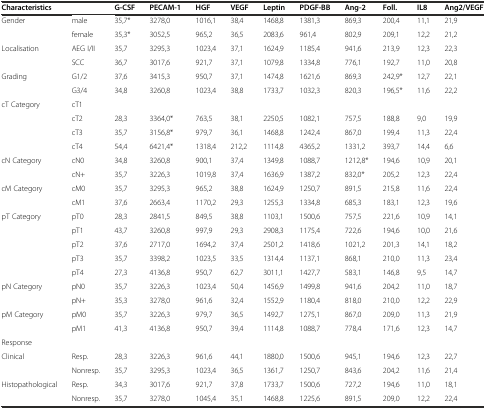
<table><thead><tr><td><b>Characteristics</b></td><td></td><td><b>G-CSF</b></td><td><b>PECAM-1</b></td><td><b>HGF</b></td><td><b>VEGF</b></td><td><b>Leptin</b></td><td><b>PDGF-BB</b></td><td><b>Ang-2</b></td><td><b>Foll.</b></td><td><b>IL8</b></td><td><b>Ang2/VEGF</b></td></tr></thead><tbody><tr><td>Gender</td><td>male</td><td>35,7*</td><td>3278,0</td><td>1016,1</td><td>38,4</td><td>1468,8</td><td>1381,3</td><td>869,3</td><td>200,4</td><td>11,1</td><td>21,9</td></tr><tr><td></td><td>female</td><td>35,3*</td><td>3052,5</td><td>965,2</td><td>36,5</td><td>2083,6</td><td>961,4</td><td>802,9</td><td>209,1</td><td>12,2</td><td>21,2</td></tr><tr><td>Localisation</td><td>AEG I/II</td><td>35,7</td><td>3295,3</td><td>1023,4</td><td>37,1</td><td>1624,9</td><td>1185,4</td><td>941,6</td><td>213,9</td><td>12,3</td><td>22,3</td></tr><tr><td></td><td>SCC</td><td>36,7</td><td>3017,6</td><td>921,7</td><td>37,1</td><td>1079,8</td><td>1334,8</td><td>776,1</td><td>192,7</td><td>11,0</td><td>20,8</td></tr><tr><td>Grading</td><td>G1/2</td><td>37,6</td><td>3415,3</td><td>950,7</td><td>37,1</td><td>1474,8</td><td>1621,6</td><td>869,3</td><td>242,9*</td><td>12,7</td><td>22,1</td></tr><tr><td></td><td>G3/4</td><td>34,8</td><td>3260,8</td><td>1023,4</td><td>38,8</td><td>1733,7</td><td>1032,3</td><td>820,3</td><td>196,5*</td><td>11,6</td><td>22,2</td></tr><tr><td>cT Category</td><td>cT1</td><td></td><td></td><td></td><td></td><td></td><td></td><td></td><td></td><td></td><td></td></tr><tr><td></td><td>cT2</td><td>28,3</td><td>3364,0*</td><td>763,5</td><td>38,1</td><td>2250,5</td><td>1082,1</td><td>757,5</td><td>188,8</td><td>9,0</td><td>19,9</td></tr><tr><td></td><td>cT3</td><td>35,7</td><td>3156,8*</td><td>979,7</td><td>36,1</td><td>1468,8</td><td>1242,4</td><td>867,0</td><td>199,4</td><td>11,3</td><td>22,4</td></tr><tr><td></td><td>cT4</td><td>54,4</td><td>6421,4*</td><td>1318,4</td><td>212,2</td><td>1114,8</td><td>4365,2</td><td>1331,2</td><td>393,7</td><td>14,4</td><td>6,6</td></tr><tr><td>cN Category</td><td>cN0</td><td>34,8</td><td>3260,8</td><td>900,1</td><td>37,4</td><td>1349,8</td><td>1088,7</td><td>1212,8*</td><td>194,6</td><td>10,9</td><td>20,1</td></tr><tr><td></td><td>cN+</td><td>35,7</td><td>3226,3</td><td>1019,8</td><td>37,4</td><td>1636,9</td><td>1387,2</td><td>832,0*</td><td>205,2</td><td>12,3</td><td>22,4</td></tr><tr><td>cM Category</td><td>cM0</td><td>35,7</td><td>3295,3</td><td>965,2</td><td>38,8</td><td>1624,9</td><td>1250,7</td><td>891,5</td><td>215,8</td><td>11,6</td><td>22,4</td></tr><tr><td></td><td>cM1</td><td>37,6</td><td>2663,4</td><td>1170,2</td><td>29,3</td><td>1255,3</td><td>1334,8</td><td>685,3</td><td>183,1</td><td>12,3</td><td>19,6</td></tr><tr><td>pT Category</td><td>pT0</td><td>28,3</td><td>2841,5</td><td>849,5</td><td>38,8</td><td>1103,1</td><td>1500,6</td><td>757,5</td><td>221,6</td><td>10,9</td><td>14,1</td></tr><tr><td></td><td>pT1</td><td>43,7</td><td>3260,8</td><td>997,9</td><td>29,3</td><td>2908,3</td><td>1175,4</td><td>722,6</td><td>194,6</td><td>10,0</td><td>21,6</td></tr><tr><td></td><td>pT2</td><td>37,6</td><td>2717,0</td><td>1694,2</td><td>37,4</td><td>2501,2</td><td>1418,6</td><td>1021,2</td><td>201,3</td><td>14,1</td><td>18,2</td></tr><tr><td></td><td>pT3</td><td>35,7</td><td>3398,2</td><td>1023,5</td><td>33,5</td><td>1314,4</td><td>1137,1</td><td>868,1</td><td>210,0</td><td>11,3</td><td>23,4</td></tr><tr><td></td><td>pT4</td><td>27,3</td><td>4136,8</td><td>950,7</td><td>62,7</td><td>3011,1</td><td>1427,7</td><td>583,1</td><td>146,8</td><td>9,5</td><td>14,7</td></tr><tr><td>pN Category</td><td>pN0</td><td>35,7</td><td>3226,3</td><td>1023,4</td><td>50,4</td><td>1456,9</td><td>1499,8</td><td>941,6</td><td>204,2</td><td>11,0</td><td>18,7</td></tr><tr><td></td><td>pN+</td><td>35,3</td><td>3278,0</td><td>961,6</td><td>32,4</td><td>1552,9</td><td>1180,4</td><td>818,0</td><td>210,0</td><td>12,2</td><td>22,9</td></tr><tr><td>pM Category</td><td>pM0</td><td>35,7</td><td>3226,3</td><td>979,7</td><td>36,5</td><td>1492,7</td><td>1275,1</td><td>867,0</td><td>209,0</td><td>11,3</td><td>21,9</td></tr><tr><td></td><td>pM1</td><td>41,3</td><td>4136,8</td><td>950,7</td><td>39,4</td><td>1114,8</td><td>1088,7</td><td>778,4</td><td>171,6</td><td>12,3</td><td>14,7</td></tr><tr><td>Response</td><td></td><td></td><td></td><td></td><td></td><td></td><td></td><td></td><td></td><td></td><td></td></tr><tr><td>Clinical</td><td>Resp.</td><td>28,3</td><td>3226,3</td><td>961,6</td><td>44,1</td><td>1880,0</td><td>1500,6</td><td>945,1</td><td>194,6</td><td>12,3</td><td>22,7</td></tr><tr><td></td><td>Nonresp.</td><td>35,7</td><td>3295,3</td><td>1023,4</td><td>36,5</td><td>1361,7</td><td>1250,7</td><td>843,6</td><td>204,2</td><td>11,6</td><td>21,4</td></tr><tr><td>Histopathological</td><td>Resp.</td><td>34,3</td><td>3017,6</td><td>921,7</td><td>37,8</td><td>1733,7</td><td>1500,6</td><td>727,2</td><td>194,6</td><td>11,0</td><td>18,1</td></tr><tr><td></td><td>Nonresp.</td><td>35,7</td><td>3278,0</td><td>1045,4</td><td>35,1</td><td>1468,8</td><td>1225,6</td><td>891,5</td><td>209,0</td><td>12,2</td><td>22,4</td></tr></tbody></table>